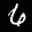
Label: 6